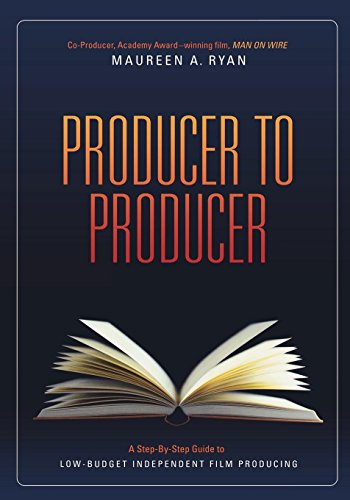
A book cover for Producer to Producer: A Step-By-Step Guide to Low Budgets Independent Film Producing; Maureen Ryan; Humor & Entertainment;